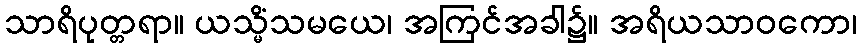
သာရိပုတ္တရာ။ ယသ္မိံသမယေ၊ အကြင်အခါ၌။ အရိယသာဝကော၊